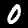
Label: 0